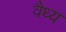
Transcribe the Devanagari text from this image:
वैध्य